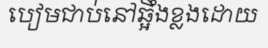
បៀមជាប់នៅឆ្អឹងខ្លងដោយ